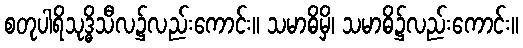
စတုပါရိသုဒ္ဓိသီလ၌လည်းကောင်း။ သမာဓိမှိ၊ သမာဓိ၌လည်းကောင်း။